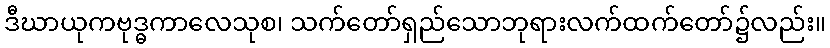
ဒီဃာယုကဗုဒ္ဓကာလေသုစ၊ သက်တော်ရှည်သောဘုရားလက်ထက်တော်၌လည်း။